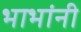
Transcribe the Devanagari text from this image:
भाभांनी